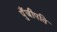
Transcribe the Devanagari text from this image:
पुँजीपति